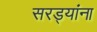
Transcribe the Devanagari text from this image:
सरड्यांना